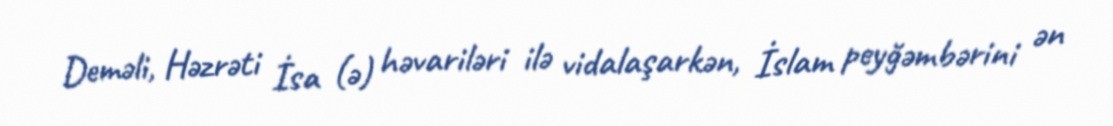
Deməli, Həzrəti İsa (ə) həvariləri ilə vidalaşarkən, İslam peyğəmbərini ən